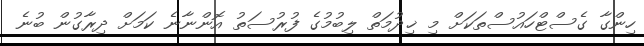
ހިންގާ ގެސްޓްހައުސްތަކަށް މި ޚިދުމަތް ލިބުމުގެ ފުރުސަތު އޮންނާނެ ކަމަށް ދިރާގުން ބުނެ